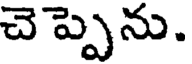
చెప్పెను.